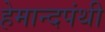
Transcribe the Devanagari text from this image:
हेमान्दपंथी